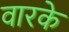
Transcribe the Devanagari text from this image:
वारके